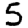
Digit: 5